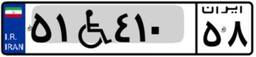
۵۰W۷۸۴۸۱